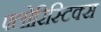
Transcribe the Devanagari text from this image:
फ्लोरिस्टिक्स